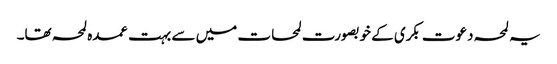
یہ لمحہ دعوت بکری کے خوبصورت لمحات میں سے بہت عمدہ لمحہ تھا۔